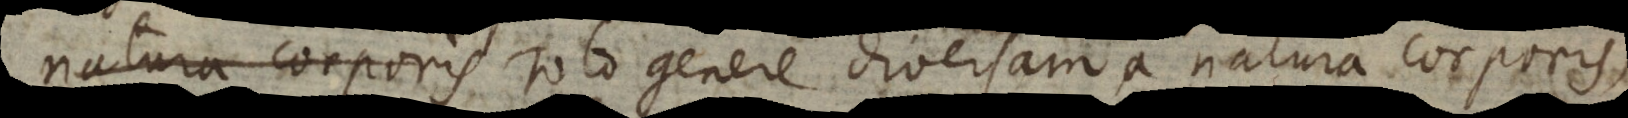
ntem toto genere diversam a natura corporis,